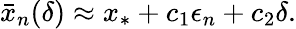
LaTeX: \begin{array}{r}{\bar{x}_{n}(\delta)\approx x_{*}+c_{1}\epsilon_{n}+c_{2}\delta.}\end{array}